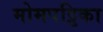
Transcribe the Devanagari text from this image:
मोमपट्टिका